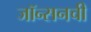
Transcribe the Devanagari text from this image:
जॉन्सनची